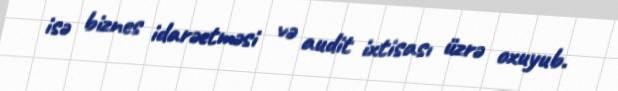
isə biznes idarəetməsi və audit ixtisası üzrə oxuyub.